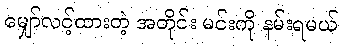
မျှော်လင့်ထားတဲ့ အတိုင်း မင်းကို နမ်းရမယ်